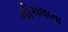
નીચલાના